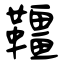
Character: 韁